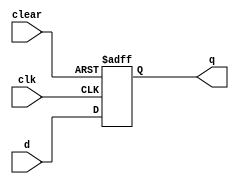
module async_clear_D_ff (
    input wire clear,
    input wire clk,
    input wire d,
    output reg q
);

always @(posedge clk or posedge clear) begin
    if (clear) begin
        q <= 0;
    end else begin
        q <= d;
    end
end

endmodule